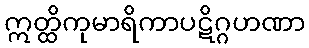
ဣတ္ထိကုမာရိကာပဋိဂ္ဂဟဏာ